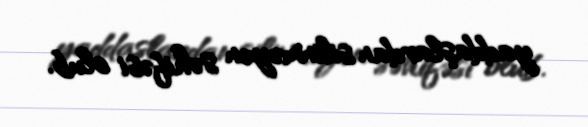
yaddaşlardan silinməyən səhifəsi olub.